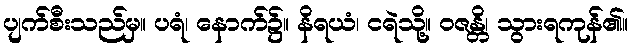
ပျက်စီးသည်မှ။ ပရံ၊ နောက်၌။ နိရယံ၊ ငရဲသို့။ ဝဇန္တိ၊ သွားရကုန်၏။